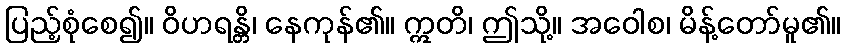
ပြည့်စုံစေ၍။ ဝိဟရန္တိ၊ နေကုန်၏။ ဣတိ၊ ဤသို့။ အဝေါစ၊ မိန့်တော်မူ၏။